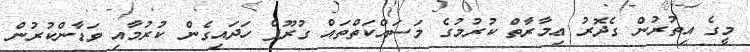
މީގެ އިތުރުން ގެދޮރު ޢިމާރާތް ކުރުމުގެ މަސައްކަތްތައް ގުރޫޕް ހަދައިގެން ކުރުމާއި ވަޑާންކުރުން